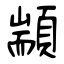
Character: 顓